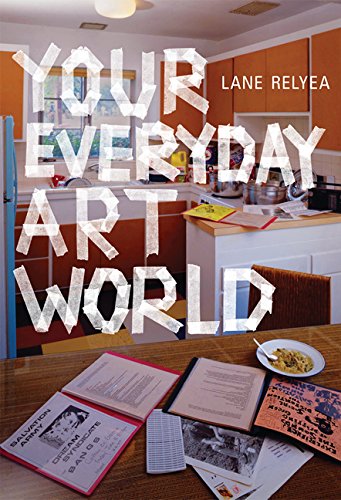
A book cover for Your Everyday Art World; Lane Relyea; Politics & Social Sciences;